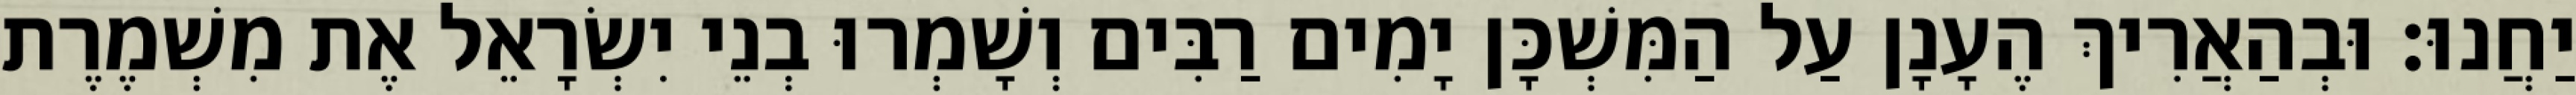
יַחֲנוּ׃ וּבְהַאֲרִיךְ הֶעָנָן עַל הַמִּשְׁכָּן יָמִים רַבִּים וְשָׁמְרוּ בְנֵי יִשְׂרָאֵל אֶת מִשְׁמֶרֶת